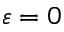
\varepsilon = 0